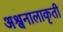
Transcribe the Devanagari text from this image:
अश्वनालाकृती